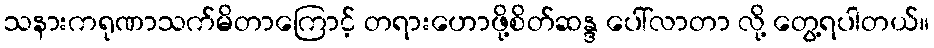
သနားကရုဏာသက်မိတာကြောင့် တရားဟောဖို့စိတ်ဆန္ဒ ပေါ်လာတာ လို့ တွေ့ရပါတယ်။